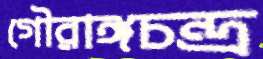
গৌরাঙ্গচন্দ্র